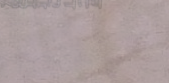
محلات بيع الزهور والأزهار